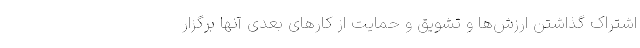
اشتراک گذاشتن ارزش‌ها و تشویق و حمایت از کارهای بعدی آنها برگزار